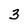
Character: 3